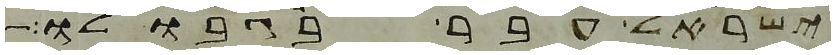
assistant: ישראל עבר בגבולו